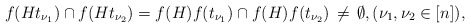
\begin{align*}f(H t_{\nu_1}) \cap f(H t_{\nu_2}) = f(H) f(t_{\nu_1}) \cap f(H) f(t_{\nu_2})\,\neq\, \emptyset,(\nu_1, \nu_2 \in [n]),\end{align*}